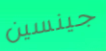
جينسين